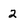
Character: 2